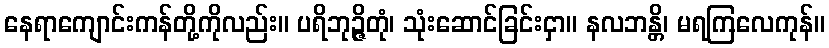
နေရာကျောင်းကန်တို့ကိုလည်း။ ပရိဘုဉ္ဇိတုံ၊ သုံးဆောင်ခြင်းငှာ။ နလဘန္တိ၊ မရကြလေကုန်။